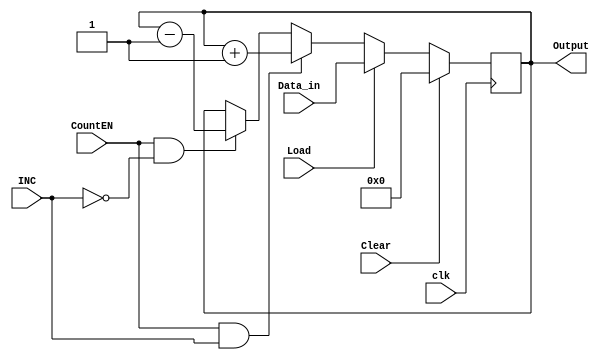
/* 
    8-Bit Counter with Priority
    Question 1
 */
module eightBitCounter(Data_in, INC, Clear, Load, CountEN, clk, Output);

    input [7:0] Data_in;
    input INC, Clear, Load, CountEN, clk;
    output [7:0] Output;
    reg [7:0] Output;

    always @(posedge clk) begin
        if(Clear)
            Output = 8'b0;
        else if(Load)
            Output = Data_in;
        else if (CountEN & INC)
            Output = Output + 1;
        else if (CountEN & !INC)
            Output = Output - 1;
        else
            Output = Output;

    end

endmodule